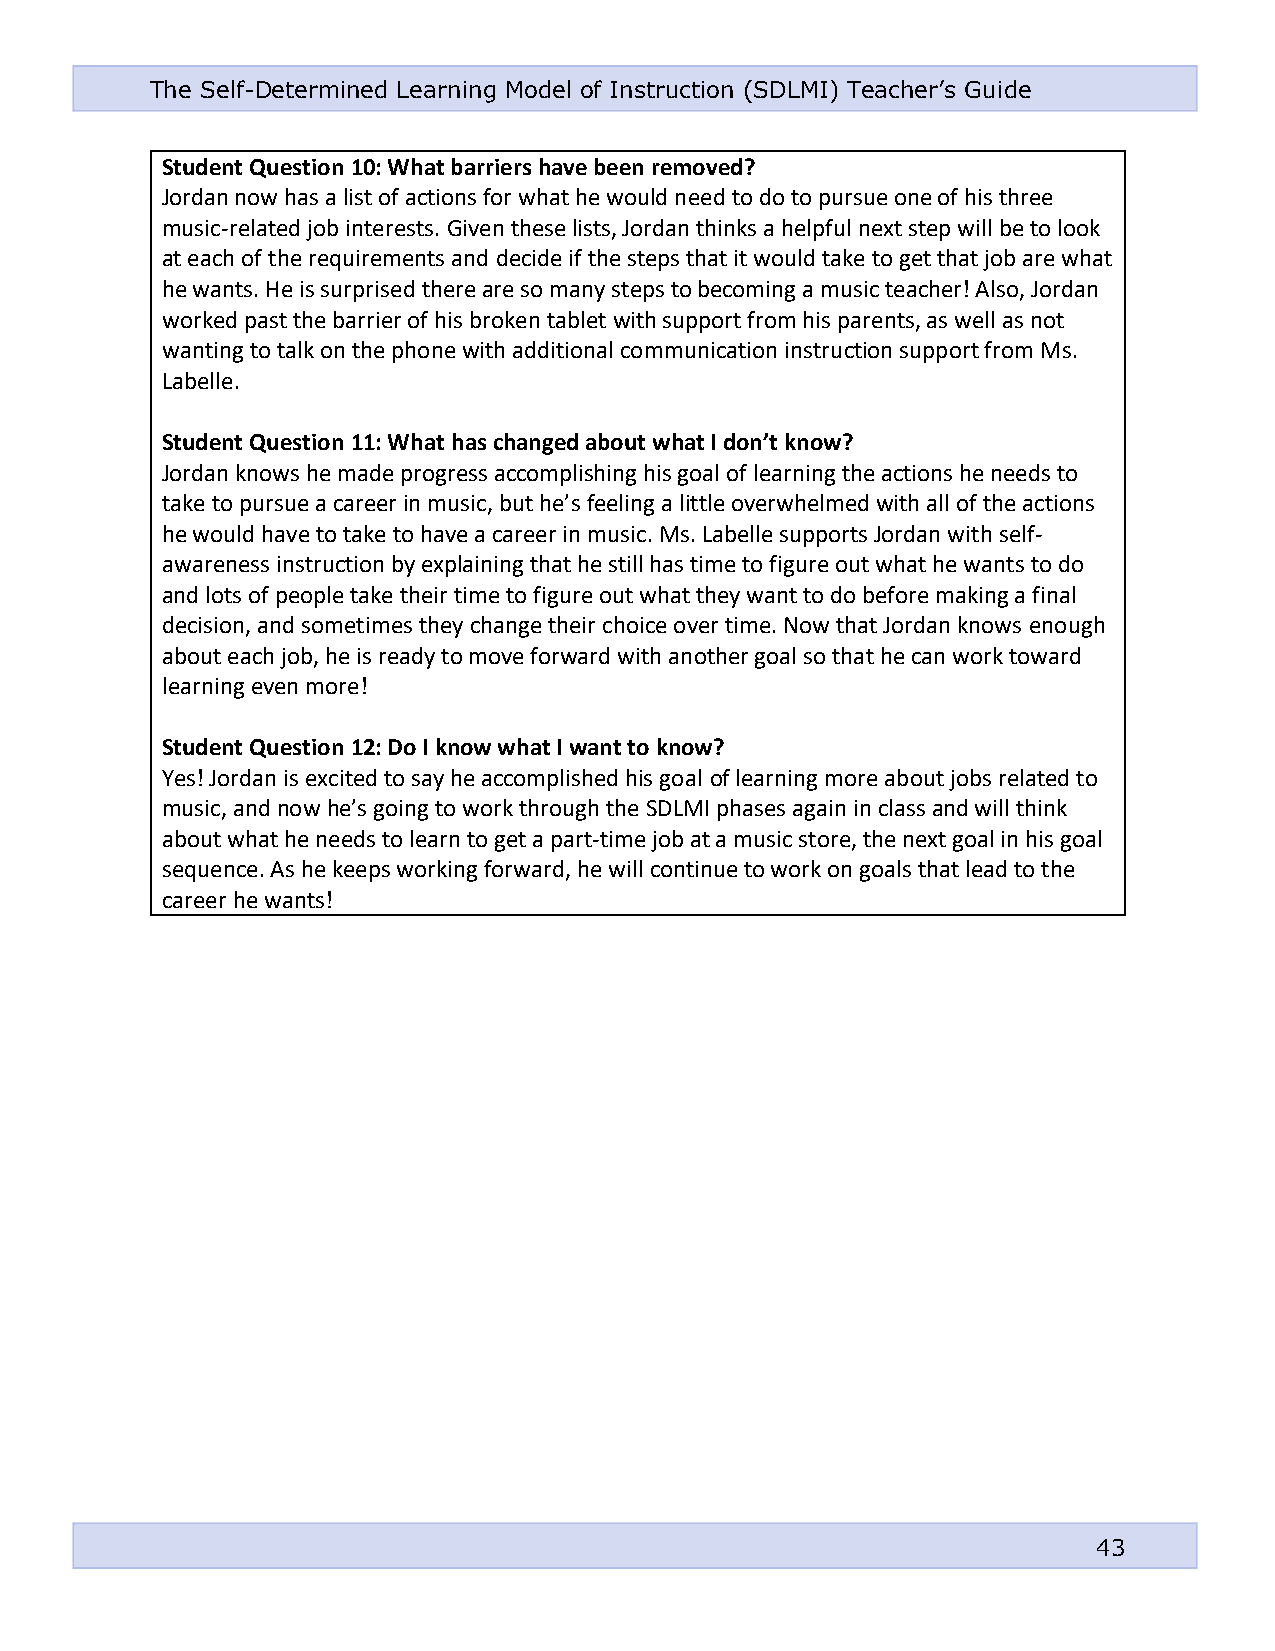
The Self-Determined Learning Model of Instruction (SDLMI) Teacher’s Guide
 Student Question 10: What barriers have been removed?
 Jordan now has a list of actions for what he would need to do to pursue one of his three
 music-related job interests. Given these lists, Jordan thinks a helpful next step will be to look
 at each of the requirements and decide if the steps that it would take to get that job are what
 he wants. He is surprised there are so many steps to becoming a music teacher! Also, Jordan
 worked past the barrier of his broken tablet with support from his parents, as well as not
 wanting to talk on the phone with additional communication instruction support from Ms.
 Labelle.
 Student Question 11: What has changed about what I don’t know?
 Jordan knows he made progress accomplishing his goal of learning the actions he needs to
 take to pursue a career in music, but he’s feeling a little overwhelmed with all of the actions
 he would have to take to have a career in music. Ms. Labelle supports Jordan with self-
 awareness instruction by explaining that he still has time to figure out what he wants to do
 and lots of people take their time to figure out what they want to do before making a final
 decision, and sometimes they change their choice over time. Now that Jordan knows enough
 about each job, he is ready to move forward with another goal so that he can work toward
 learning even more!
 Student Question 12: Do I know what I want to know?
 Yes! Jordan is excited to say he accomplished his goal of learning more about jobs related to
 music, and now he’s going to work through the SDLMI phases again in class and will think
 about what he needs to learn to get a part-time job at a music store, the next goal in his goal
 sequence. As he keeps working forward, he will continue to work on goals that lead to the
 career he wants!
 43